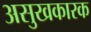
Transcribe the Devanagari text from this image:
असुखकारक